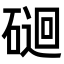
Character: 𥔯